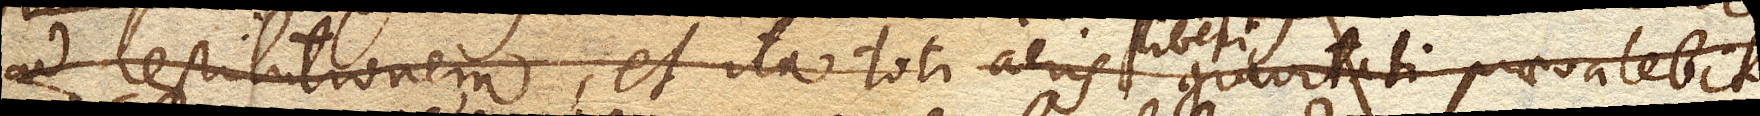
ad restitutionem, et ita toti aeris liberi gravitati praevalebit